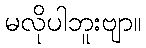
မလိုပါဘူးဗျာ။